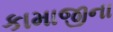
કામાજીના